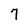
Character: 7